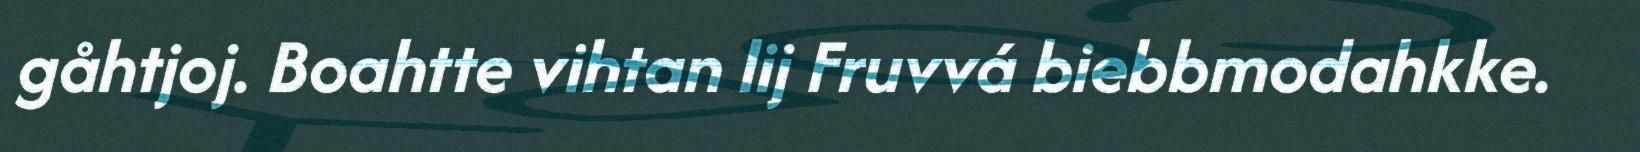
gåhtjoj. Boahtte vihtan lij Fruvvá biebbmodahkke.